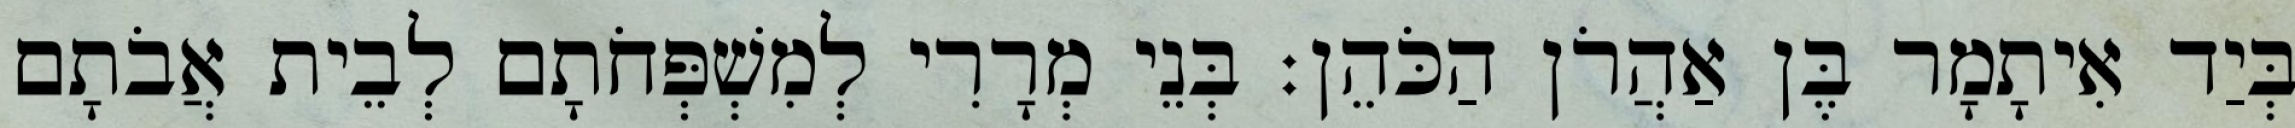
בְּיַד אִיתָמָר בֶּן אַהֲרֹן הַכֹּהֵן׃ בְּנֵי מְרָרִי לְמִשְׁפְּחֹתָם לְבֵית אֲבֹתָם